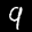
Label: 9